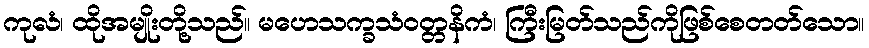
ကုလံ၊ ထိုအမျိုးတို့သည်။ မဟေသက္ခသံဝတ္တနိကံ၊ ကြီးမြတ်သည်ကိုဖြစ်စေတတ်သော။